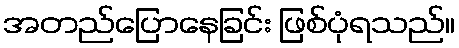
အတည်ပြောနေခြင်း ဖြစ်ပုံရသည်။